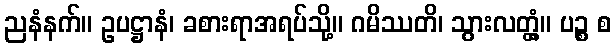
ညနံနက်။ ဥပဋ္ဌာနံ၊ ခစားရာအရပ်သို့။ ဂမိဿတိ၊ သွားလတ္တံ့။ ပဉ္စ စ